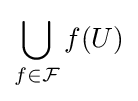
\bigcup _{f\in {\mathcal {F}}}f(U)